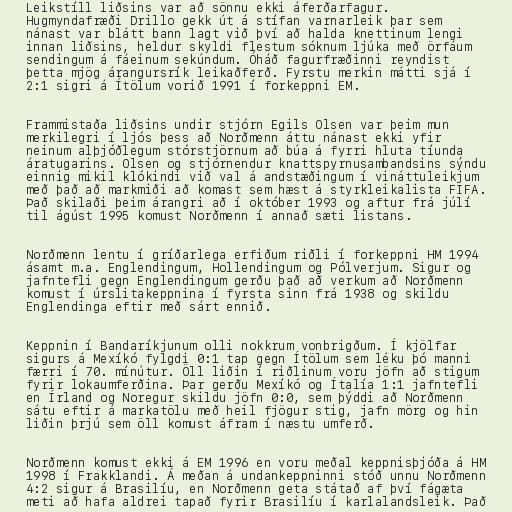
Leikstíll liðsins var að sönnu ekki áferðarfagur.
Hugmyndafræði Drillo gekk út á stífan varnarleik þar sem
nánast var blátt bann lagt við því að halda knettinum lengi
innan liðsins, heldur skyldi flestum sóknum ljúka með örfáum
sendingum á fáeinum sekúndum. Óháð fagurfræðinni reyndist
þetta mjög árangursrík leikaðferð. Fyrstu merkin mátti sjá í
2:1 sigri á Ítölum vorið 1991 í forkeppni EM.

Frammistaða liðsins undir stjórn Egils Olsen var þeim mun
merkilegri í ljós þess að Norðmenn áttu nánast ekki yfir
neinum alþjóðlegum stórstjörnum að búa á fyrri hluta tíunda
áratugarins. Olsen og stjórnendur knattspyrnusambandsins sýndu
einnig mikil klókindi við val á andstæðingum í vináttuleikjum
með það að markmiði að komast sem hæst á styrkleikalista FIFA.
Það skilaði þeim árangri að í október 1993 og aftur frá júlí
til ágúst 1995 komust Norðmenn í annað sæti listans.

Norðmenn lentu í gríðarlega erfiðum riðli í forkeppni HM 1994
ásamt m.a. Englendingum, Hollendingum og Pólverjum. Sigur og
jafntefli gegn Englendingum gerðu það að verkum að Norðmenn
komust í úrslitakeppnina í fyrsta sinn frá 1938 og skildu
Englendinga eftir með sárt ennið.

Keppnin í Bandaríkjunum olli nokkrum vonbrigðum. Í kjölfar
sigurs á Mexíkó fylgdi 0:1 tap gegn Ítölum sem léku þó manni
færri í 70. mínútur. Öll liðin í riðlinum voru jöfn að stigum
fyrir lokaumferðina. Þar gerðu Mexíkó og Ítalía 1:1 jafntefli
en Írland og Noregur skildu jöfn 0:0, sem þýddi að Norðmenn
sátu eftir á markatölu með heil fjögur stig, jafn mörg og hin
liðin þrjú sem öll komust áfram í næstu umferð.

Norðmenn komust ekki á EM 1996 en voru meðal keppnisþjóða á HM
1998 í Frakklandi. Á meðan á undankeppninni stóð unnu Norðmenn
4:2 sigur á Brasilíu, en Norðmenn geta státað af því fágæta
meti að hafa aldrei tapað fyrir Brasilíu í karlalandsleik. Það